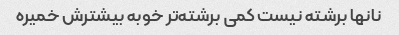
نانها برشته نیست کمی برشته‌تر خوبه بیشترش خمیره